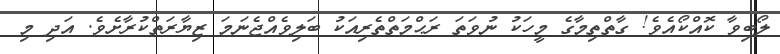
ލޯބިވާ ކޮއްކޯއެވެ! ގާތްތިމާގެ މީހަކު ނުވަތަ ރަޙްމަތްތެރިއަކު ބަލިވެއްޖެނަމަ ޒިޔާރަތްކުރާށެވެ. އަދި މި